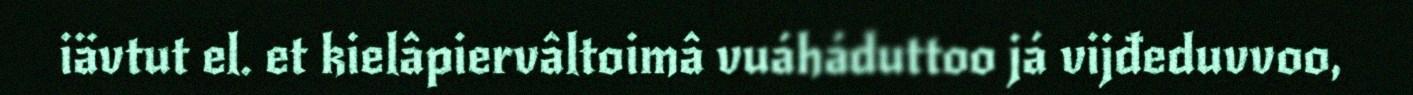
iävtut el. et kielâpiervâltoimâ vuáháduttoo já vijđeduvvoo,